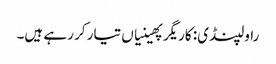
راولپنڈی: کاریگر پھینیاں تیار کر رہے ہیں۔